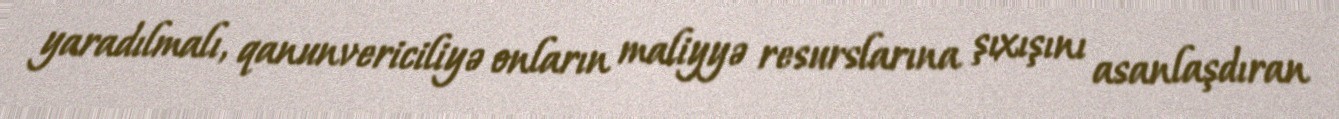
yaradılmalı, qanunvericiliyə onların maliyyə resurslarına şıxışını asanlaşdıran